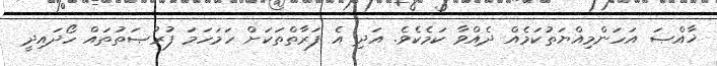
ޚާއްޞަ އަހަންމިއްޔަތުކަމެއް ދެއްވާ ކަމެކެވެ. އަދި އެ ފަރާތްތަކަށް ހަމަހަމަ ފުރުޞަތުތައް ހޯދައިދީ